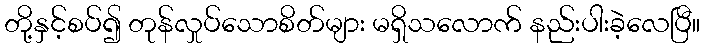
တို့နှင့်စပ်၍ တုန်လှုပ်သောစိတ်များ မရှိသလောက် နည်းပါးခဲ့လေပြီ။